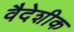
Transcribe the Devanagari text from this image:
वैदेशीक